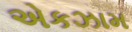
એકઝામ